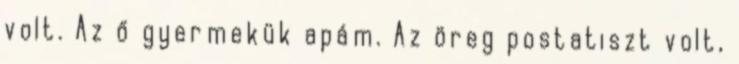
volt. Az ő gyermekük apám. Az öreg postatiszt volt,